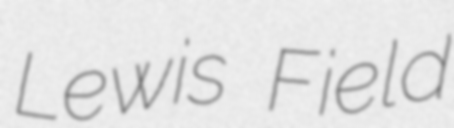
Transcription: Lewis Field